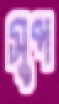
সুপ